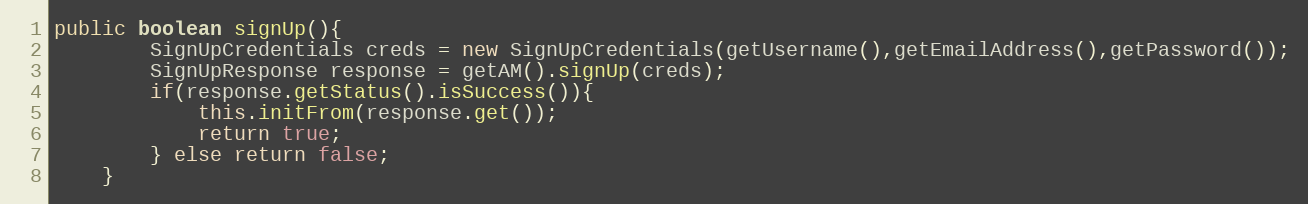
Language: Java
public boolean signUp(){
        SignUpCredentials creds = new SignUpCredentials(getUsername(),getEmailAddress(),getPassword());
        SignUpResponse response = getAM().signUp(creds);
        if(response.getStatus().isSuccess()){
            this.initFrom(response.get());
            return true;
        } else return false;
    }